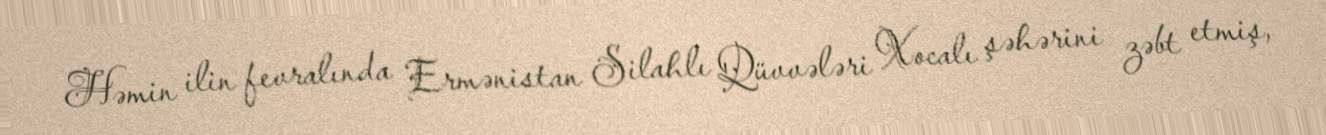
Həmin ilin fevralında Ermənistan Silahlı Qüvvələri Xocalı şəhərini zəbt etmiş,